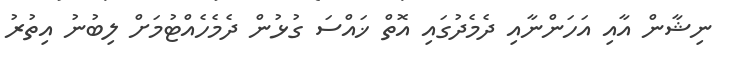
ނިޝާން އާއި އަހަންނާއި ދެމެދުގައި އޮތް ޚައްސަ ގުޅުން ދެމެހެއްޓުމަށް ލިބުނު އިތުރު